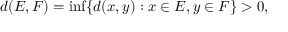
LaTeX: d ( E , F ) = \operatorname* { i n f } \{ d ( x , y ) : x \in E , y \in F \} > 0 ,